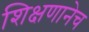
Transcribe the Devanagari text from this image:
शिक्षणानेच